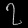
Digit: ၇